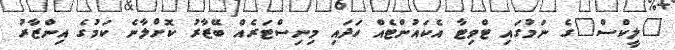
"ލީކްސް"ގެ ނަމުގައި ޓްވިޓާ އެކައުންޓެއް ހަދައި މިނިސްޓަރެއް ބޭޒާރު ކޮށްލާނެ ކަމުގެ އިންޒާރު